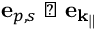
\mathbf { e } _ { p , s } \perp \mathbf { e } _ { \mathbf { \mathbf { k } _ { \| } } }